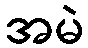
အမဲ